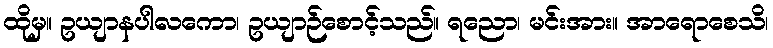
ထိုမှ။ ဥယျာနပါလကော၊ ဥယျာဉ်စောင့်သည်။ ရညော၊ မင်းအား။ အာရောစေသိ၊